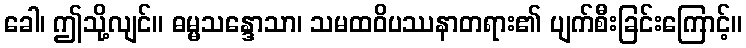
ခေါ၊ ဤသို့လျင်။ ဓမ္မသန္ဒောသာ၊ သမထဝိပဿနာတရား၏ ပျက်စီးခြင်းကြောင့်။